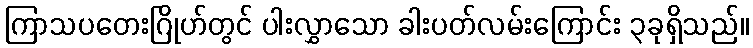
ကြာသပတေးဂြိုဟ်တွင် ပါးလွှာသော ခါးပတ်လမ်းကြောင်း ၃ခုရှိသည်။